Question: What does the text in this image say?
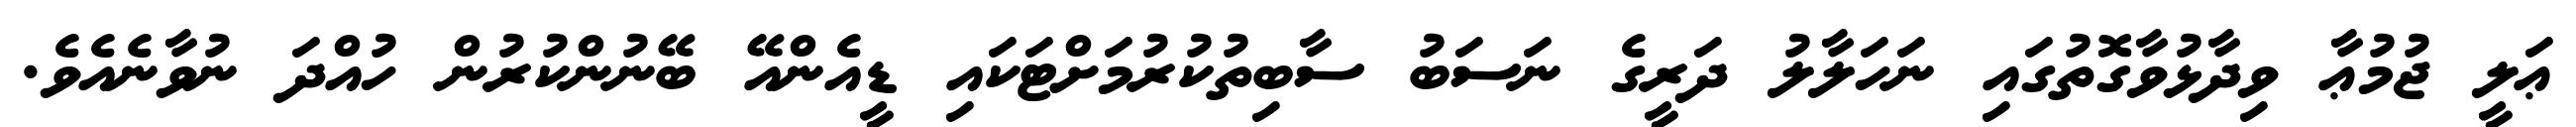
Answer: ޢަލީ ޖުމުޢާ ވިދާޅުވާގޮތުގައި ނަހަލާލު ދަރީގެ ނަސަބު ސާބިތުކުރުމަށްޓަކައި ޑީއެންއޭ ބޭނުންކުރުން ހުއްދަ ނުވާނެއެވެ.